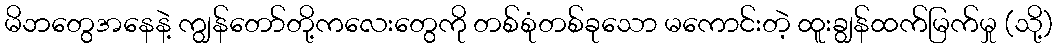
မိဘတွေအနေနဲ့ ကျွန်တော်တို့ကလေးတွေကို တစ်စုံတစ်ခုသော မကောင်းတဲ့ ထူးချွန်ထက်မြက်မှု (သို့)